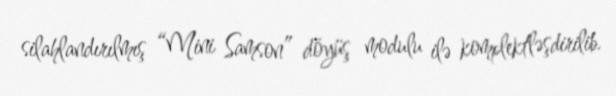
silahlandırılmış “Mini Samson” döyüş modulu ilə komplektləşdirilib.